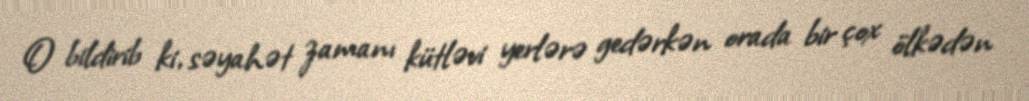
O bildirib ki, səyahət zamanı kütləvi yerlərə gedərkən orada bir çox ölkədən